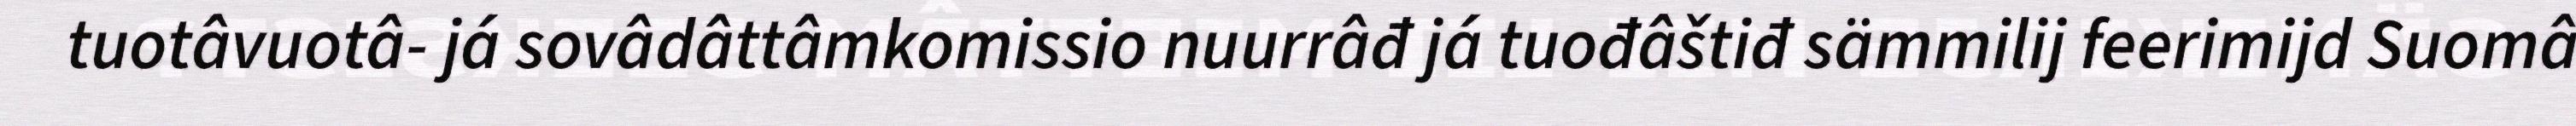
tuotâvuotâ- já sovâdâttâmkomissio nuurrâđ já tuođâštiđ sämmilij feerimijd Suomâ